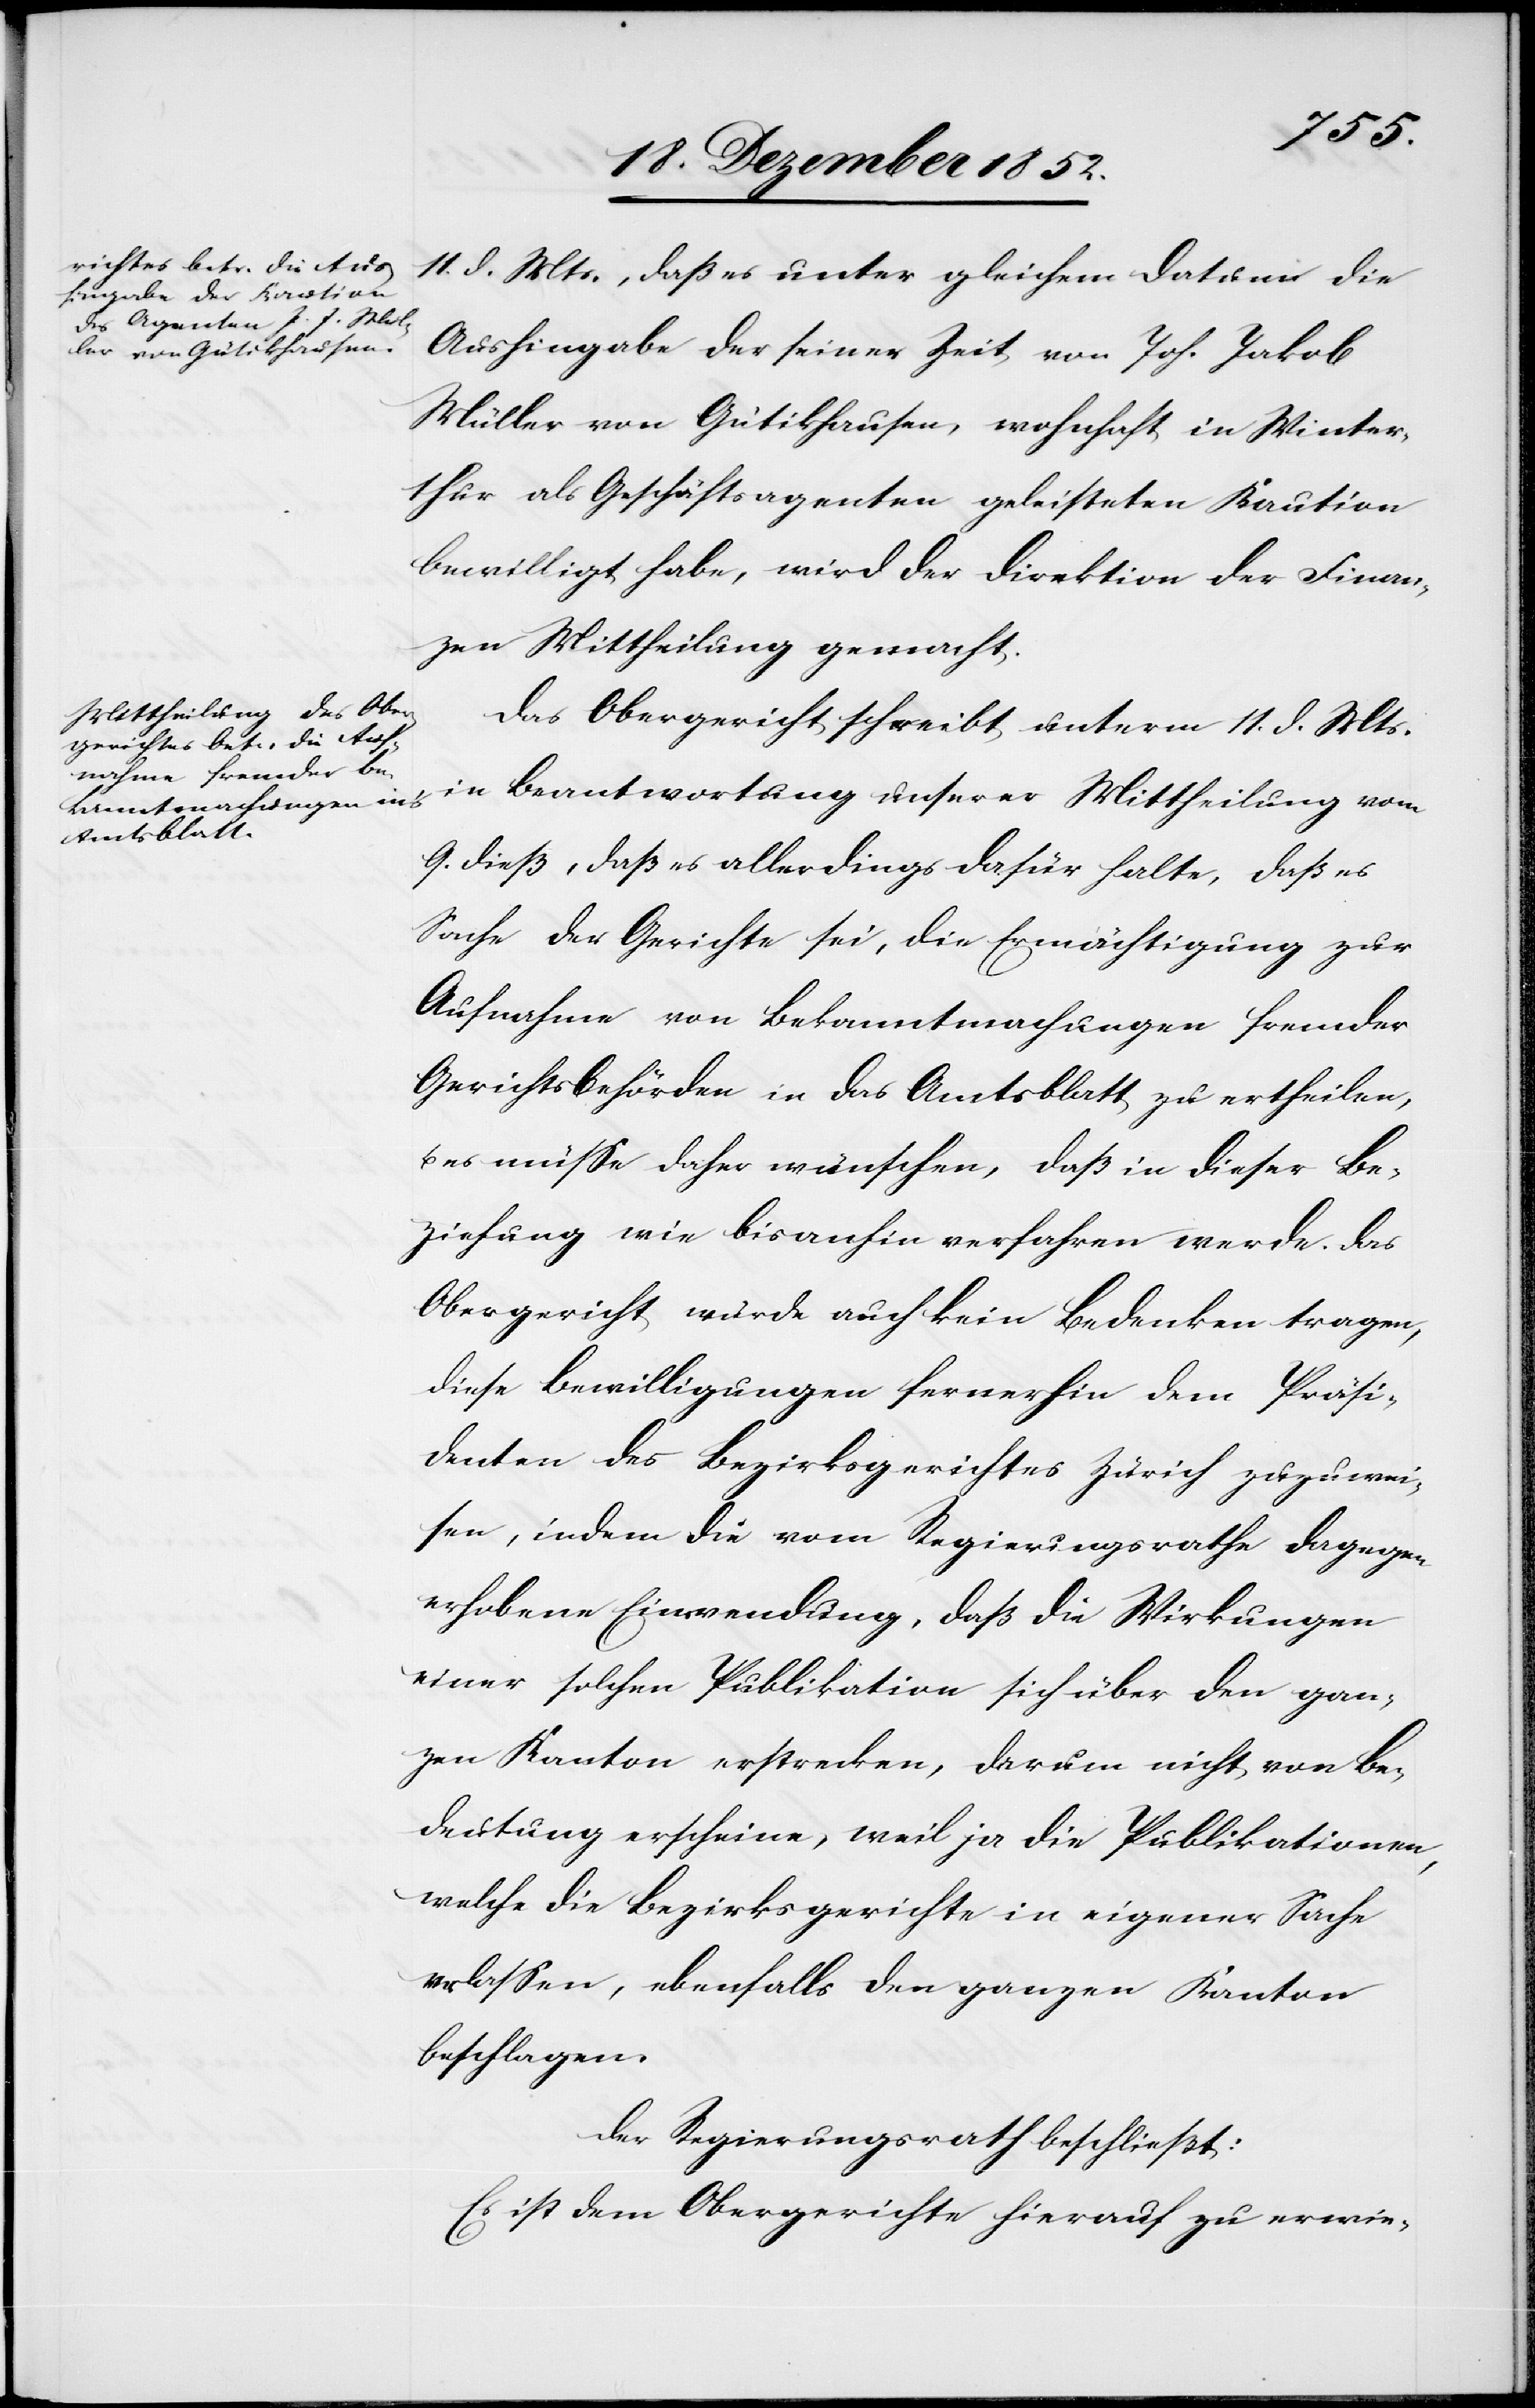
11. d. Mts., daß es unter gleichem Datum die
Aushingabe der seiner Zeit von Joh. Jakob
Müller von Gütikhausen, wohnhaft in Winter¬
thur als Geschäftsagenten geleisteten Kaution
bewilligt habe, wird der Direktion der Finan¬
zen Mittheilung gemacht.
Das Obergericht schreibt unterm 11. d. Mts.
in Beantwortung unserer Mittheilung vom
9. dieß, daß es allerdings dafür halte, daß es
Sache der Gerichte sei, die Ermächtigung zur
Aufnahme von Bekanntmachungen fremder
Gerichtsbehörden in das Amtsblatt zu ertheilen,
es müsse daher wünschen, daß in dieser Be¬
ziehung wie bisanhin verfahren werde. Das
Obergericht würde auch kein Bedenken tragen,
diese Bewilligungen fernerhin dem Präsi¬
denten des Bezirksgerichtes Zürich zuzuwei¬
sen, indem die vom Regierungsrathe dagegen
erhobene Einwendung, daß die Wirkungen
einer solchen Publikation sich über den gan¬
zen Kanton erstrecken, darum nicht von Be¬
deutung erscheine, weil ja die Publikationen,
welche die Bezirksgerichte in eigener Sache
erlassen, ebenfalls den ganzen Kanton
beschlagen.
Der Regierungsrath beschließt:
Es ist dem Obergerichte hierauf zu erwie-